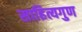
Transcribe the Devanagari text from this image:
साहित्यगुण